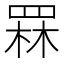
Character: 罧